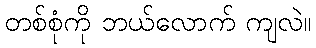
တစ်စုံကို ဘယ်လောက် ကျလဲ။